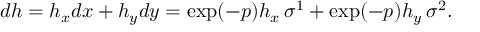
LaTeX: d h = h _ { x } d x + h _ { y } d y = \exp ( - p ) h _ { x } \, \sigma ^ { 1 } + \exp ( - p ) h _ { y } \, \sigma ^ { 2 } .